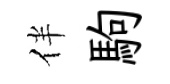
伴駒